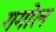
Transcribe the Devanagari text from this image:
गगोल